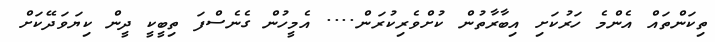
ތިކަންތައް އެންމެ ހަރުކަށި އިބާރާތުން ކުށްވެރިކުރަން.... އެމީހުން ގެނެސްފަ ތިބީކީ ދީން ކިޔަވަދޭކަށް